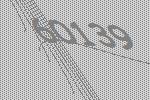
60139